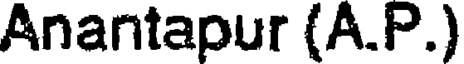
Anantapur (A.P.)